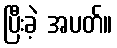
ပြီးခဲ့ အပတ်။